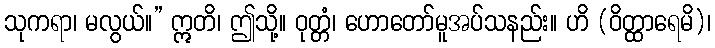
သုကရာ၊ မလွယ်။” ဣတိ၊ ဤသို့။ ဝုတ္တံ၊ ဟောတော်မူအပ်သနည်း။ ဟိ (ဝိတ္ထာရေမိ)၊